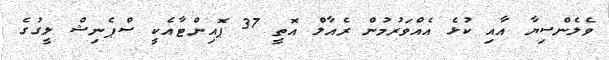
ވެލެންސިޔާ އާއި ކުޅެ އެއްވަރުމުން ރެއާލް އޮތީ 37 ޕޮއިންޓާއެކީ ސްޕެނިޝް ލީގުގެ